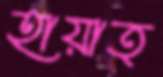
হায়াত্